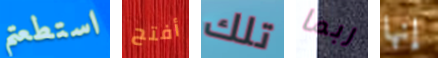
استطعتم أفتح تلك ربما إنها